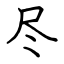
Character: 尽